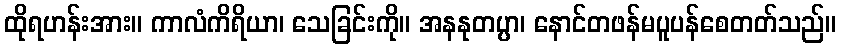
ထိုရဟန်းအား။ ကာလံကိရိယာ၊ သေခြင်းကို။ အနနုတပ္ပာ၊ နောင်တဖန်မပူပန်စေတတ်သည်။